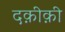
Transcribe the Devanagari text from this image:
दक़ीक़ी